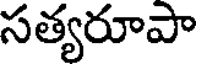
సత్యరూపా